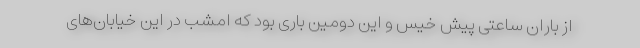
از باران ساعتی پیش خیس و این دومین باری بود که امشب در این خیابان‌های